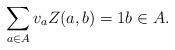
LaTeX: \begin{align*}\sum_{a \in A} v_a Z(a,b) = 1 b \in A.\end{align*}